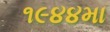
૧૯૪૪મા